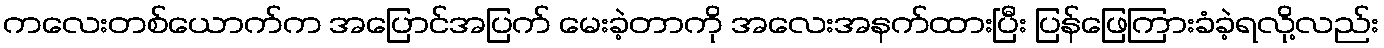
ကလေးတစ်ယောက်က အပြောင်အပြက် မေးခဲ့တာကို အလေးအနက်ထားပြီး ပြန်ဖြေကြားခံခဲ့ရလို့လည်း